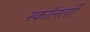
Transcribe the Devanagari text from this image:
स्कॉलर्ली